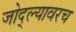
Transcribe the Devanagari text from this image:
जोद्ल्यावरच